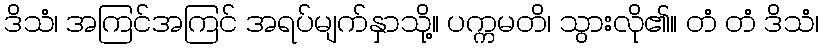
ဒိသံ၊ အကြင်အကြင် အရပ်မျက်နှာသို့။ ပက္ကမတိ၊ သွားလို၏။ တံ တံ ဒိသံ၊